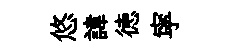
悠諱徳寜